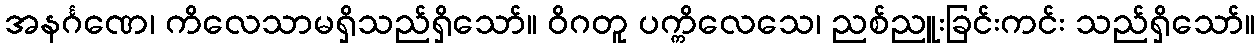
အနင်္ဂဏေ၊ ကိလေသာမရှိသည်ရှိသော်။ ဝိဂတူ ပက္ကိလေသေ၊ ညစ်ညူးခြင်းကင်း သည်ရှိသော်။